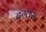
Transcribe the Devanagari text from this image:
दग्लस